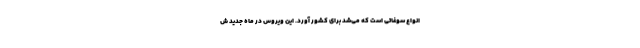
انواع سوغاتی است که می‌شد برای کشور آورد. این ویروس در ماه جدید ش